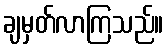
ချမှတ်လာကြသည်။